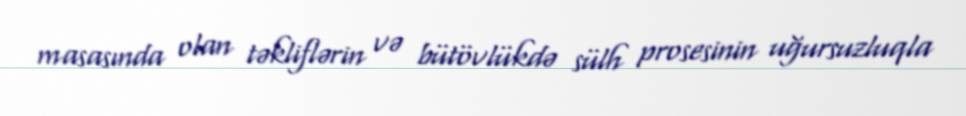
masasında olan təkliflərin və bütövlükdə sülh prosesinin uğursuzluqla